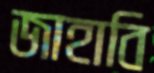
জাহাবি